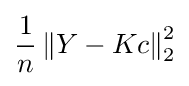
{\frac {1}{n}}\left\|Y-Kc\right\|_{2}^{2}